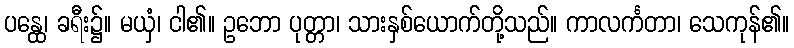
ပန္ထေ၊ ခရီး၌။ မယှံ၊ ငါ၏။ ဥဘော ပုတ္တာ၊ သားနှစ်ယောက်တို့သည်။ ကာလင်္ကတာ၊ သေကုန်၏။